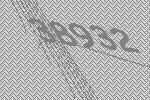
38932